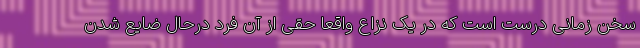
سخن زمانی درست است که در یک نزاع واقعا حقی از آن فرد درحال ضایع شدن